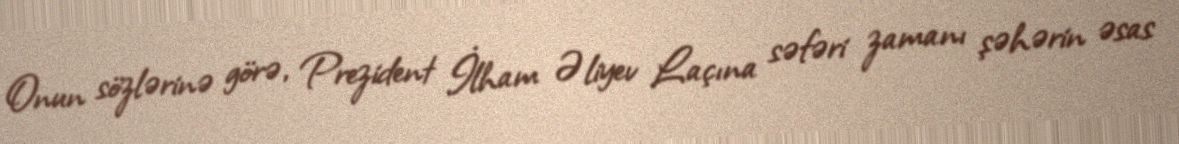
Onun sözlərinə görə, Prezident İlham Əliyev Laçına səfəri zamanı şəhərin əsas